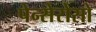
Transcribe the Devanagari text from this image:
पेन्सेरोसो